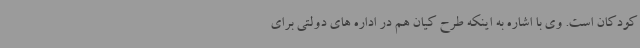
کودکان است. وی با اشاره به اینکه طرح کیان هم در اداره های دولتی برای